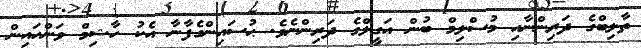
ތާލިބްގެ ދަރިންނާއި މުސްލިމް ބުން އަގީލްގެ ދަރިންނެވެ. ޙުސައިންގެފާނާ އެކު ހާޝިމް ވަންހައިން